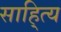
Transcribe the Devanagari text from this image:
साहि्त्य